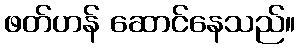
ဖတ်ဟန် ဆောင်နေသည်။